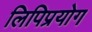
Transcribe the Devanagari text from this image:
लिपिप्रयोग